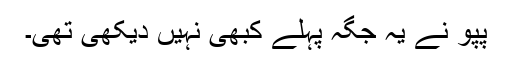
پپو نے یہ جگہ پہلے کبھی نہیں دیکھی تھی۔